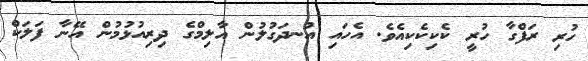
ހުރި ރަފްގާ ހުރީ ކެކިކެކިއެވެ. އެހައި އުނދަގުލުން އާލިމްގެ ދިރިއުޅުމުން އޭނާ ފަލަކް